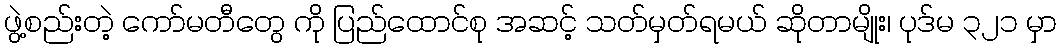
ဖွဲ့စည်းတဲ့ ကော်မတီတွေ ကို ပြည်ထောင်စု အဆင့် သတ်မှတ်ရမယ် ဆိုတာမျိုး၊ ပုဒ်မ ၃၂၁ မှာ